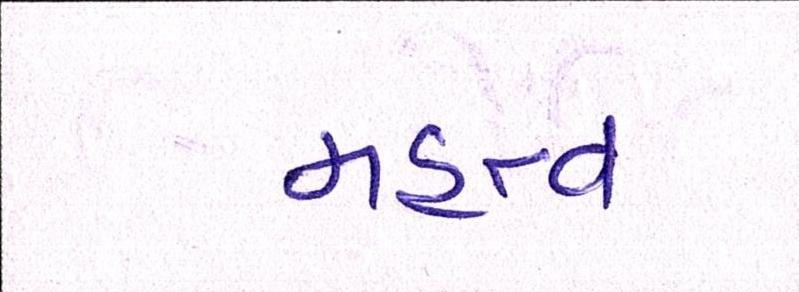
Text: મહત્વ